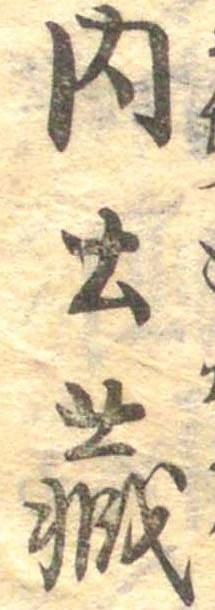
内土蔵